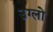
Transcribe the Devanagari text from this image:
उग्लो